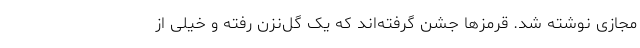
مجازی نوشته شد. قرمزها جشن گرفته‌اند که یک گل‌نزن رفته و خیلی از